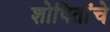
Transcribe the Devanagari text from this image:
शोषितांचे